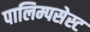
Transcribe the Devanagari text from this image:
पालिम्पसेस्ट